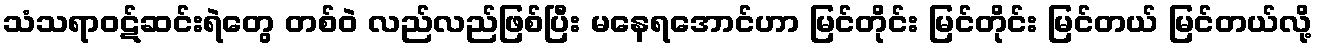
သံသရာဝဋ်ဆင်းရဲတွေ တစ်ဝဲ လည်လည်ဖြစ်ပြီး မနေရအောင်ဟာ မြင်တိုင်း မြင်တိုင်း မြင်တယ် မြင်တယ်လို့